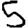
Digit: 5